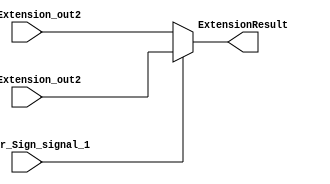
`timescale 1ns / 1ps
//////////////////////////////////////////////////////////////////////////////////
// Company: 
// Engineer: 
// 
// Design Name: 
// Module Name: Zero_or_Sign_mux
// Project Name: 
// Target Devices: 
// Tool Versions: 
// Description: 
// 
// Dependencies: 
// 
// Revision:
// Revision 0.01 - File Created
// Additional Comments:
// 
//////////////////////////////////////////////////////////////////////////////////


module Zero_or_Sign_mux(SignExtension_out2,ZeroExtension_out2,ExtensionResult,Zero_or_Sign_signal_1);
    input [31:0] SignExtension_out2,ZeroExtension_out2;
    input Zero_or_Sign_signal_1;
    output reg [31:0] ExtensionResult;
    
    always@ (SignExtension_out2,ZeroExtension_out2,Zero_or_Sign_signal_1) begin
        if (Zero_or_Sign_signal_1==0) begin
            ExtensionResult<=SignExtension_out2;
        end
        
        else begin 
            ExtensionResult<=ZeroExtension_out2;
        end
        
    
    end
endmodule